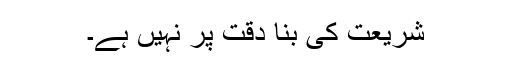
شریعت کی بنا دِقّت پر نہیں ہے۔